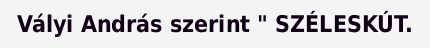
Vályi András szerint " SZÉLESKÚT.